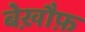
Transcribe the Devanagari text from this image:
बेख़ौफ़